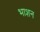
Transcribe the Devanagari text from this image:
भाशन